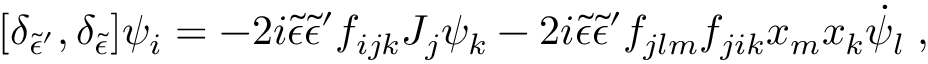
[ \delta _ { { \tilde { \epsilon } } { ' } } , \delta _ { \tilde { \epsilon } } ] \psi _ { i } = - 2 i { \tilde { \epsilon } } { \tilde { \epsilon } } { ' } f _ { i j k } J _ { j } \psi _ { k } - 2 i { \tilde { \epsilon } } { \tilde { \epsilon } } { ' } f _ { j l m } f _ { j i k } x _ { m } x _ { k } { \dot { \psi } } _ { l } \; ,